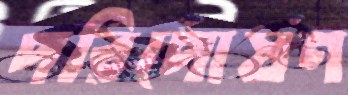
পরিপোষণ